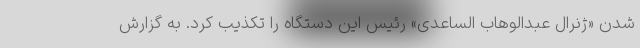
شدن «ژنرال عبدالوهاب الساعدی» رئیس این دستگاه را تکذیب کرد. به گزارش